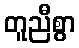
တူညီစွာ